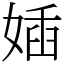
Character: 㛼